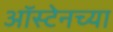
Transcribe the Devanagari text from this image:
ऑस्टेनच्या